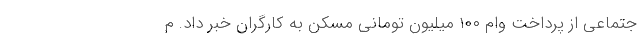
جتماعی از پرداخت وام ۱۰۰ میلیون تومانی مسکن به کارگران خبر داد. م